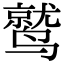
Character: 鹫